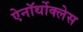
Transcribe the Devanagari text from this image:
ऐनॉर्थोक्लेस